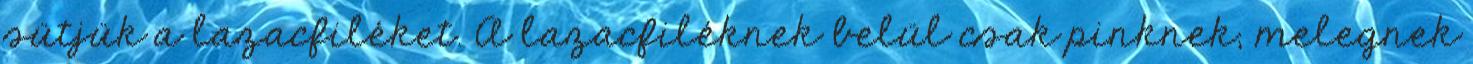
sütjük a lazacfiléket. A lazacfiléknek belül csak pinknek, melegnek